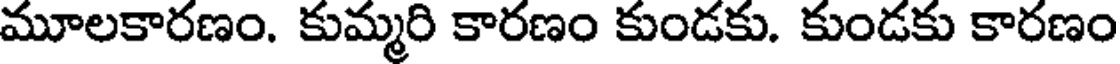
మూలకారణం. కుమ్మరి కారణం కుండకు. కుండకు కారణం